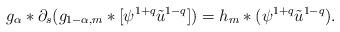
LaTeX: \begin{align*}g_{\alpha}*\partial_{s}(g_{1-\alpha,m}*[\psi^{1+q}\tilde{u}^{1-q}]) = h_{m}*(\psi^{1+q}\tilde{u}^{1-q}).\end{align*}